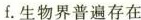
f。生物界普遍存在